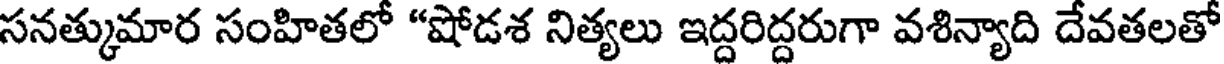
సనత్కుమార సంహితలో "షోడశ నిత్యలు ఇద్దరిద్దరుగా వశిన్యాది దేవతలతో